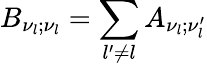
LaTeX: B_{\nu_{l};\nu_{l}}=\sum_{l^{\prime}\neq l}A_{\nu_{l};\nu_{l}^{\prime}}